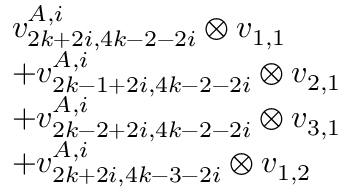
\begin{array} { r l } & { v _ { 2 k + 2 i , 4 k - 2 - 2 i } ^ { A , i } \otimes v _ { 1 , 1 } } \\ & { + v _ { 2 k - 1 + 2 i , 4 k - 2 - 2 i } ^ { A , i } \otimes v _ { 2 , 1 } } \\ & { + v _ { 2 k - 2 + 2 i , 4 k - 2 - 2 i } ^ { A , i } \otimes v _ { 3 , 1 } } \\ & { + v _ { 2 k + 2 i , 4 k - 3 - 2 i } ^ { A , i } \otimes v _ { 1 , 2 } } \end{array}